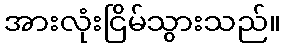
အားလုံးငြိမ်သွားသည်။